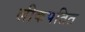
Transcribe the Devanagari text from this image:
लीकपतित